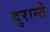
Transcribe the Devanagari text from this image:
दुरान्ते